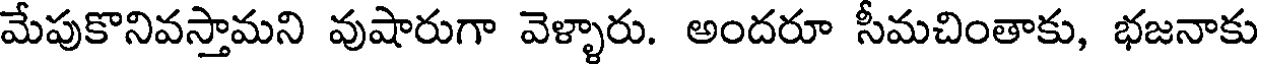
మేపుకొనివస్తామని వుషారుగా వెళ్ళారు. అందరూ సీమచింతాకు, భజనాకు